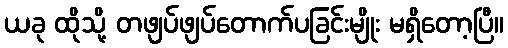
ယခု ထိုသို့ တဖျပ်ဖျပ်တောက်ပခြင်းမျိုး မရှိတော့ပြီ။